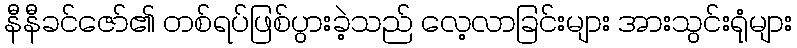
နီနီခင်ဇော်၏ တစ်ရပ်ဖြစ်ပွားခဲ့သည် လေ့လာခြင်းများ အားသွင်းရုံများ